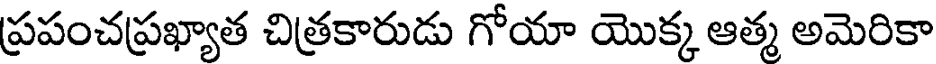
ప్రపంచప్రఖ్యాత చిత్రకారుడు గోయా యొక్క ఆత్మ అమెరికా